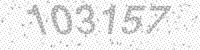
Solution: 103157